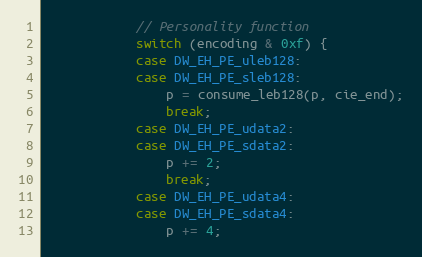
Language: C++
            // Personality function
            switch (encoding & 0xf) {
            case DW_EH_PE_uleb128:
            case DW_EH_PE_sleb128:
                p = consume_leb128(p, cie_end);
                break;
            case DW_EH_PE_udata2:
            case DW_EH_PE_sdata2:
                p += 2;
                break;
            case DW_EH_PE_udata4:
            case DW_EH_PE_sdata4:
                p += 4;